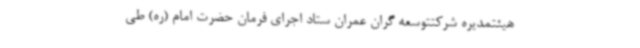
هیئتمدیره شرکتتوسعه گران عمران ستاد اجرای فرمان حضرت امام (ره) طی